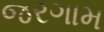
જરગામ